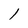
Character: 1